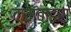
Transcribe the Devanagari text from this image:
कम्बाइंस